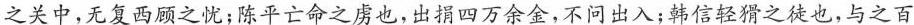
之关中，无复西顾之忧；陈平亡命之虏也，出捐四万余金，不问出入；韩信轻猾之徒也，与之百